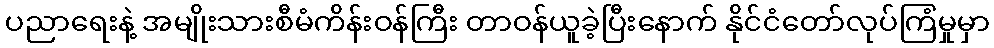
ပညာရေးနဲ့ အမျိုးသားစီမံကိန်းဝန်ကြီး တာဝန်ယူခဲ့ပြီးနောက် နိုင်ငံတော်လုပ်ကြံမှုမှာ